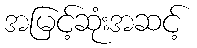
အမြင့်ဆုံးအဆင့်